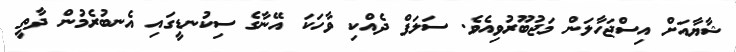
ޝާޔާއަށް އިސްޖަހާލަން މަޖުބޫރުވިއެވެ. ސަލަފް ދެއްކި ވާހަކަ އޭނާގެ ސިކުނޑީގައި އެނބުރެމުން ދާތީ